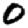
Digit: 0